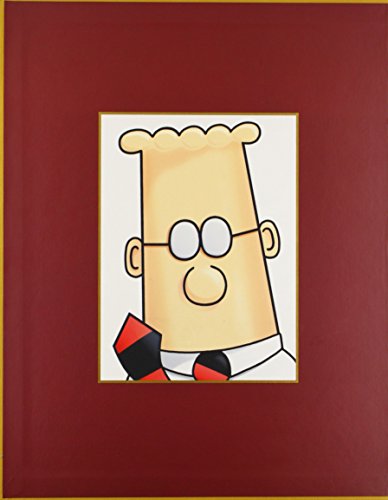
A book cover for Dilbert 2.0: 20 Years of Dilbert; Scott Adams; Humor & Entertainment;